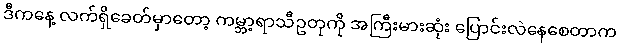
ဒီကနေ့ လက်ရှိခေတ်မှာတော့ ကမ္ဘာ့ရာသီဥတုကို အကြီးမားဆုံး ပြောင်းလဲနေစေတာက